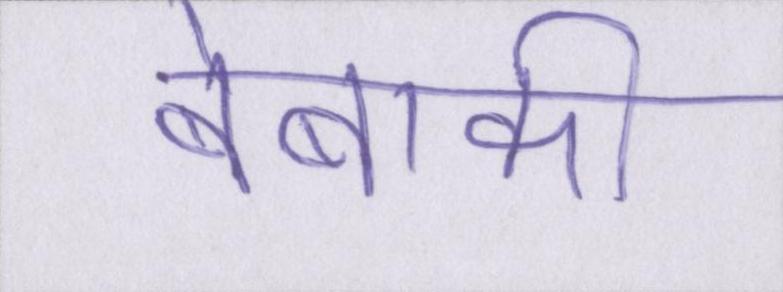
बेबाकी